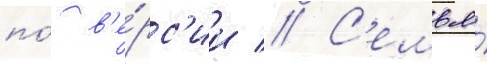
по́ в'е́рс'ии // С'емья́